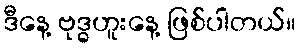
ဒီနေ့ ဗုဒ္ဓဟူးနေ့ ဖြစ်ပါတယ်။